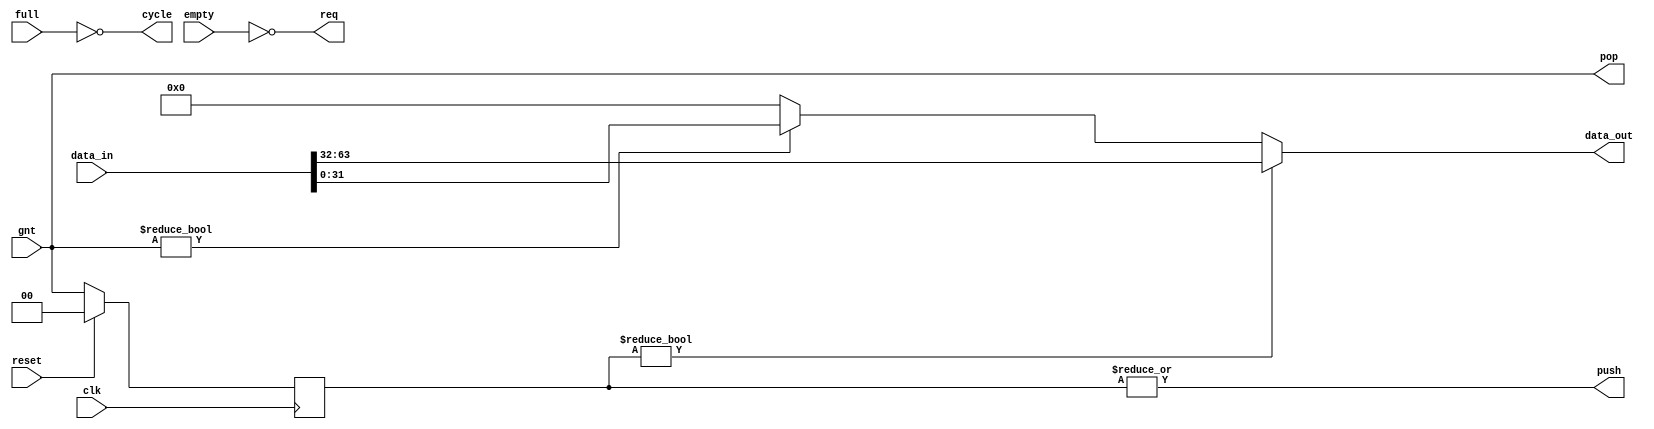
module router_ctrl
  #( parameter CLIENTS=2,
     parameter WIDTH=32,
     parameter DELAY=1 )
(
  input  wire                     clk,
  input  wire                     reset,

  // Connect to input FIFO's
  input  wire [CLIENTS-1:0]       empty,
  output wire [CLIENTS-1:0]       pop,
  input  wire [CLIENTS*WIDTH-1:0] data_in,

  // Connect to output FIFO
  input  wire                     full,
  output reg                      push,
  output wire [WIDTH-1:0]         data_out,

  // Connect to the arbiter
  output wire                     cycle,
  output wire [CLIENTS-1:0]       req,
  input  wire [CLIENTS-1:0]       gnt
);

reg [CLIENTS-1:0] pop_delay_chain [DELAY:0];

// Simple Connections
assign cycle = !full;
assign req   = ~empty;
assign pop   = gnt;
assign push  = |pop_delay_chain[DELAY];

// Need to mux the data and rive the push signal.  The mux signal and
// push signal need to be delayed some number of clocks.
always @ (*) begin
  pop_delay_chain[0] = pop;
end
integer pdc_index;
always @ (posedge clk) begin
  for( pdc_index=1; pdc_index<=DELAY; pdc_index=pdc_index+1 ) begin
    if( reset ) begin
      pop_delay_chain[pdc_index] <= #0 0;
    end
    else begin
      pop_delay_chain[pdc_index] <= #0 pop_delay_chain[pdc_index-1];
    end
  end
end

// Mux the data
integer mux_index;
always @ (*) begin
  data_out = {WIDTH{1'b0}};
  for( mux_index=0; mux_index<CLIENTS; mux_index=mux_index+1 ) begin
    if( pop_delay_chain[mux_index] ) begin
      data_out = data_in[(mux_index+1)*WIDTH-1:mux_index*WIDTH];
    end
  end
end

endmodule